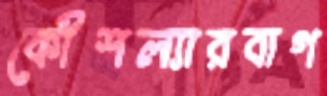
কৌশল্যারবাগ